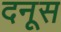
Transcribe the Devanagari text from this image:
दनूस